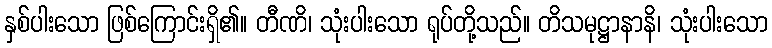
နှစ်ပါးသော ဖြစ်ကြောင်းရှိ၏။ တီဏိ၊ သုံးပါးသော ရုပ်တို့သည်။ တိသမုဋ္ဌာနာနိ၊ သုံးပါးသော